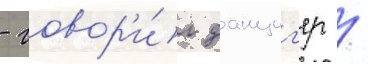
- говор'и́л данциг'ер /